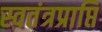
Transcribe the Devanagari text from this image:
स्वतंत्रप्राप्ति